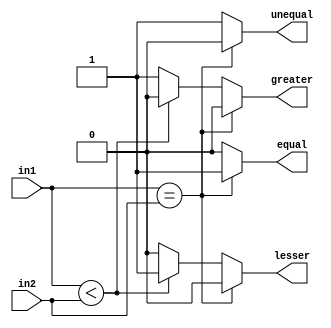
module CMP4 #(parameter SIZE = 4) (input [SIZE-1:0] in1, in2, 
    output reg equal, unequal, greater, lesser);
always @ (in1 or in2) begin
    if(in1 == in2) begin
	    equal = 1;
		unequal = 0;
		greater = 0;
		lesser = 0;
	end	
	else begin
	    equal = 0;
		unequal = 1;
	    if(in1 < in2) begin
		    greater = 0;
		    lesser = 1;
	    end	
	    else begin
		    greater = 1;
		    lesser = 0;
	    end	
	end	
end
endmodule